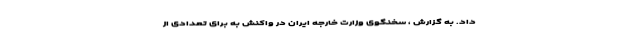
داد. به گزارش ، سخنگوی وزارت خارجه ایران در واکنش به برای تعدادی از